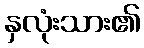
နှလုံးသား၏